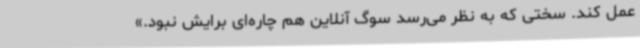
عمل کند. سختی که به نظر می‌رسد سوگ آنلاین هم چاره‌ای برایش نبود.»